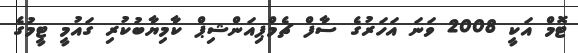
ޓޮމް އަކީ 2008 ވަނަ އަހަރުގެ ސާފް ޗެމްޕިއަންޝިޕް ކާމިޔާބުކުރި ގައުމީ ޓީމުގެ